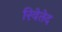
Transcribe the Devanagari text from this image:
रिवेतेद